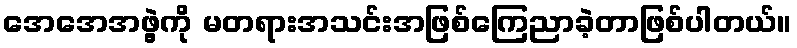
အေအေအဖွဲ့ကို မတရားအသင်းအဖြစ်ကြေညာခဲ့တာဖြစ်ပါတယ်။